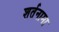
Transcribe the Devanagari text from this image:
शर्तनामा